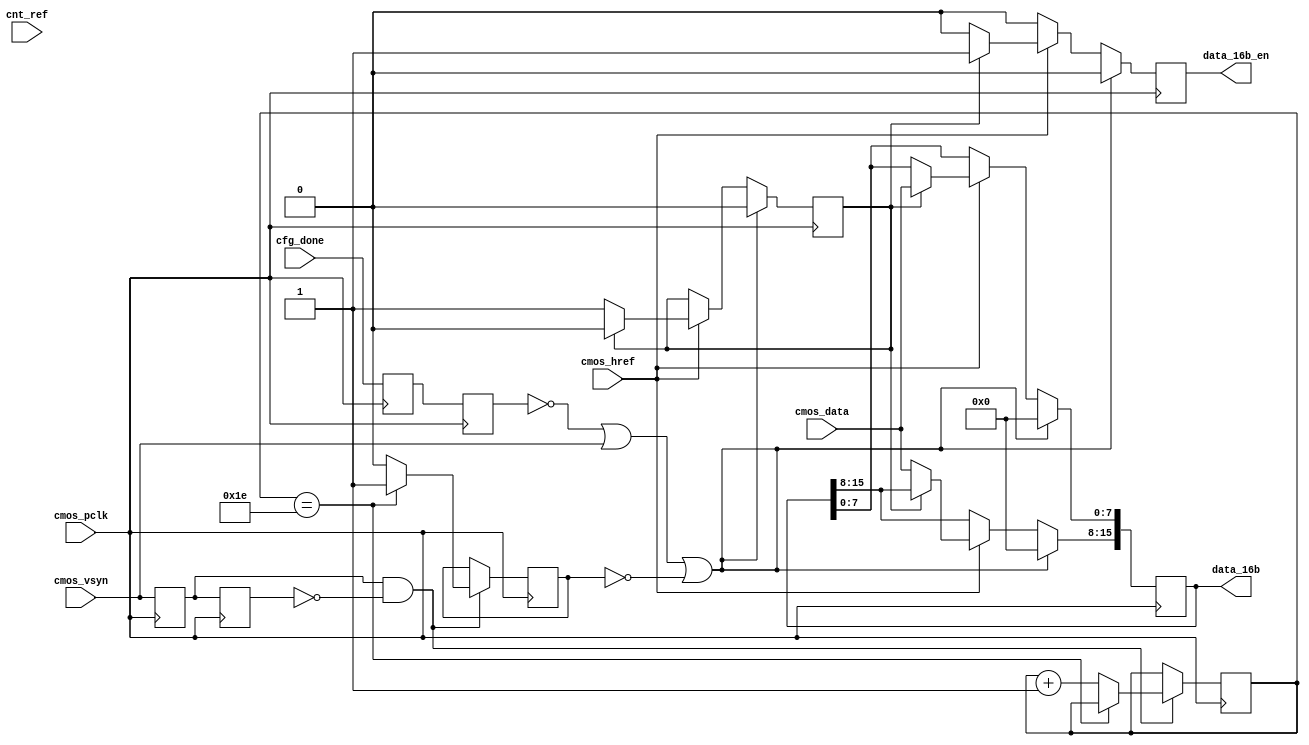
module recv_cam
(
	cmos_data,
	cmos_pclk,
	cmos_href,
	cmos_vsyn,
	cfg_done,
	data_16b,
	data_16b_en,
	cnt_ref
);

	input[7:0] 		cmos_data;
	input			cmos_pclk;
	input			cfg_done;
	input			cmos_href;
	input			cmos_vsyn;
	input[31:0]		cnt_ref;
	output[15:0]	data_16b;
	output			data_16b_en;	
	
	reg			done_d1,done_d2;
	reg			data_bit = 0;
	reg[15:0]	data_16b_r = 0;
	reg			data_16b_enr = 0;
	reg			cmos_vsyn_d1=0;
	reg			cmos_vsyn_d2=0;
	reg[7:0]	cnt_vsyn=0;
	reg			cmos_valid = 0 ;
	reg[31:0]	cnt_ref_r = 0;
	reg			cmos_href_d1,cmos_href_d2;
	wire		cnt_less480;
	wire vsyn_pos;	
	assign data_16b = data_16b_r;
	assign data_16b_en = data_16b_enr;
	assign cnt_less480 = cnt_ref < 480 ? 1 : 0; 
	assign href_pos = ~cmos_href_d2 & cmos_href_d1;
	always@(posedge cmos_pclk)begin
		done_d1 <= cfg_done;			 // sim change  done_d1 <= cfg_done  1
		done_d2 <= done_d1;
		cmos_href_d1 <= cmos_href;
		cmos_href_d2 <= cmos_href_d1;
	end
	always@(posedge cmos_pclk)begin
		if(done_d2 == 0 || cmos_vsyn == 1 || cmos_valid == 0) begin //
			data_16b_r <= 0;
			data_16b_enr <= 0;
			data_bit <= 1'b0;
		end
		else begin
			if(cmos_href) begin
				if(data_bit == 0) begin
					data_16b_r[15:8] <= cmos_data[7:0];
					data_bit <= 1'b1;
					data_16b_enr <= 1'b0;
				end
				else if (data_bit == 1) begin
					data_16b_r[7:0] <= cmos_data[7:0];
					data_bit <= 1'b0;
					data_16b_enr <= 1'b1;
				end	
			end
			else begin
				data_16b_r <= data_16b_r;
				data_16b_enr <= 0;
			end
		end
	end 

	assign vsyn_pos = cmos_vsyn_d1 & ~cmos_vsyn_d2;
	always@(posedge cmos_pclk)begin
		cmos_vsyn_d1 <= cmos_vsyn;
		cmos_vsyn_d2 <= cmos_vsyn_d1;
		
		if(vsyn_pos == 1) begin
			if(cnt_vsyn == 30) begin
				cnt_vsyn <= cnt_vsyn;
				cmos_valid <= 1;
			end
			else begin
				cnt_vsyn <= cnt_vsyn + 1;
				cmos_valid <= 0;     // sim change  cmos_valid <= 0  1
			end
		end
		else begin
			cmos_valid <= cmos_valid;    	 // sim change  cmos_valid <= cmos_valid  1
		end
		
	end

	
	
endmodule